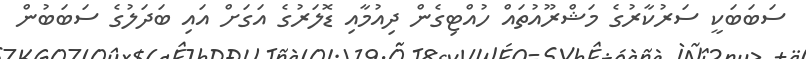
ސަބަބަކީ ސަރުކާރުގެ މަޝްރޫއުތައް ހުއްޓިގެން ދިއުމާއި ޑޮލަރުގެ އަގަށް އައި ބަދަލުގެ ސަބަބުން